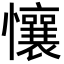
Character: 懹